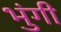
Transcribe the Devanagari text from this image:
भुंगी